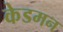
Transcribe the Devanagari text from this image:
केडमन